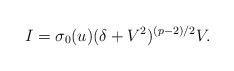
LaTeX: \begin{align*} I=\sigma_0(u)(\delta+V^2)^{(p-2)/2}V.\end{align*}